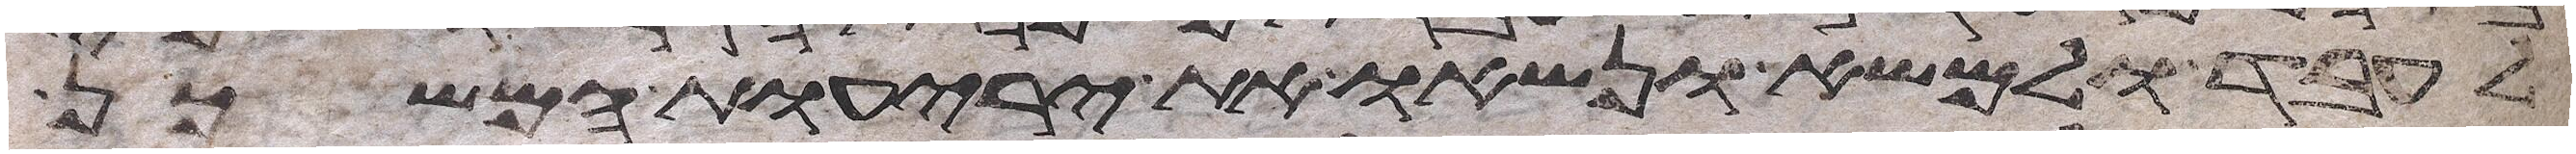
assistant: לעבד ולמשא ונשאו את יריעות המשכן